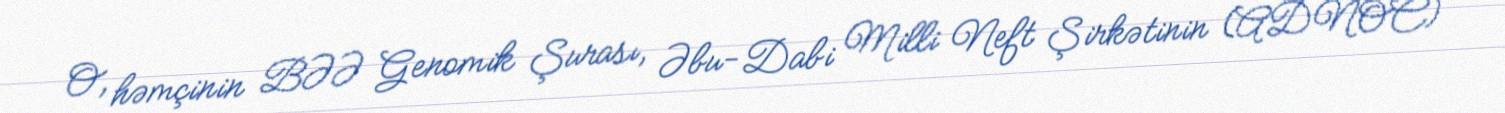
O, həmçinin BƏƏ Genomik Şurası, Əbu-Dabi Milli Neft Şirkətinin (ADNOC)